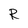
Character: R